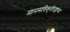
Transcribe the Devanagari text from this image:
मानसविकृतीतज्ज्ञांच्या